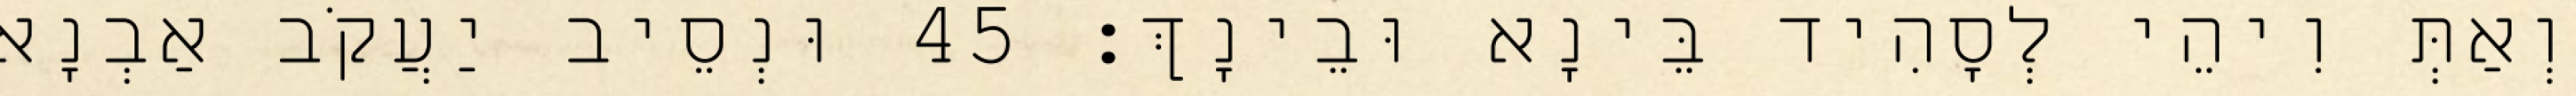
וְאַתְּ וִיהֵי לְסָהִיד בֵּינָא וּבֵינָךְ׃ 45 וּנְסֵיב יַעֲקֹב אַבְנָא